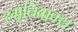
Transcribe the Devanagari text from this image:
स्मृतिवाक्य